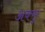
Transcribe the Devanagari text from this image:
अक्सू